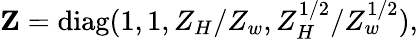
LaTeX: {\mathbf Z}=\mathrm{diag}(1,1,Z_{H}/Z_{w},Z_{H}^{1/2}/Z_{w}^{1/2}),